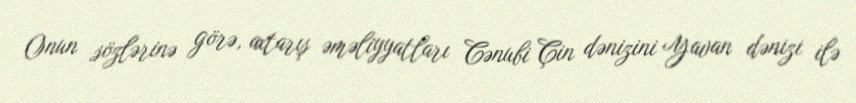
Onun sözlərinə görə, axtarış əməliyyatları Cənubi Çin dənizini Yavan dənizi ilə